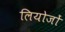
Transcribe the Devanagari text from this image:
लियोजों